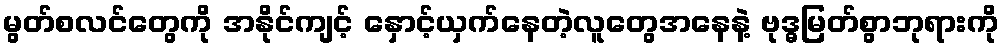
မွတ်စလင်တွေကို အနိုင်ကျင့် နှောင့်ယှက်နေတဲ့လူတွေအနေနဲ့ ဗုဒ္ဓမြတ်စွာဘုရားကို